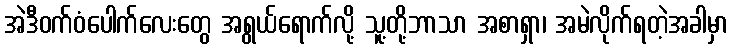
အဲဒီဝက်ဝံပေါက်လေးတွေ အရွယ်ရောက်လို့ သူ့တို့ဘာသာ အစာရှာ၊ အမဲလိုက်ရတဲ့အခါမှာ